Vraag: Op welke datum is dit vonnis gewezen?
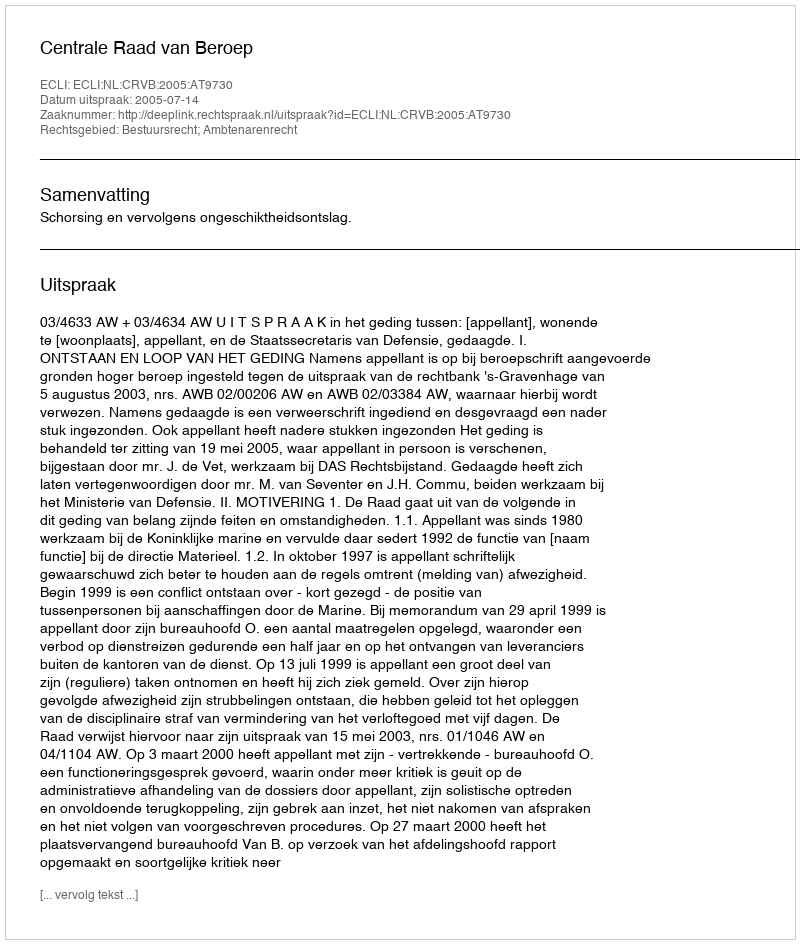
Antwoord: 2005-07-14